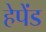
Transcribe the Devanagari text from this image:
हेपेंड